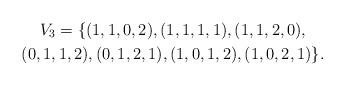
LaTeX: \begin{gather*} V_3 = \{(1,1,0,2),(1,1,1,1),(1,1,2,0),\\ (0,1,1,2),(0,1,2,1),(1,0,1,2),(1,0,2,1)\}.\end{gather*}